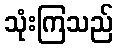
သုံးကြသည်